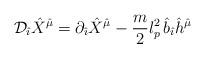
LaTeX: \begin{align*}{\cal D}_{\hat \imath}{\hat X}^{\hat \mu}=\partial_{\hat \imath}{\hat X}^{\hat \mu}-\frac{m}{2} l_p^2 \,{\hat b}_{\hat \imath}{\hat h}^{\hat \mu}\end{align*}